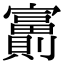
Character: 𡬂